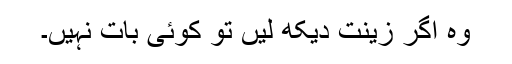
وہ اگر زینت دیکھ لیں تو کوئی بات نہیں۔